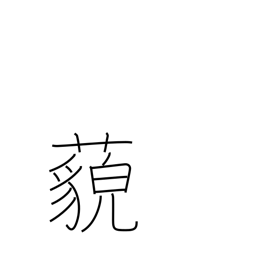
Meaning: far away